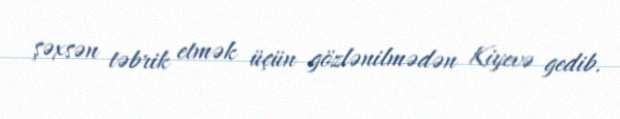
şəxsən təbrik etmək üçün gözlənilmədən Kiyevə gedib.